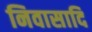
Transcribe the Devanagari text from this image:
निवासादि